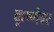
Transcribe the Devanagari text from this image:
कृष्णेवर